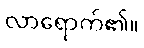
လာရောက်၏။